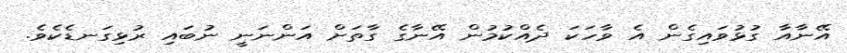
އޭނާއާ ގުޅުވައިގެން އެ ވާހަކަ ދެއްކުމުން އޭނާގެ ގާތަށް އަންނަނީ ނުބައި ރުޅިގަނޑެކެވެ.